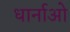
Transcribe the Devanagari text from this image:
धार्नाओ